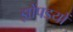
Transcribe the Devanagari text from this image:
झोंपडयों